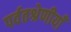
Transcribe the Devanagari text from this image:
पर्वतश्रेणीयाँ